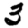
Digit: 3